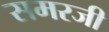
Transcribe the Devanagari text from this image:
समरजी